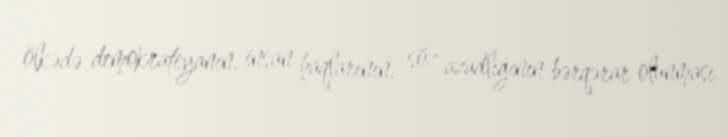
ölkədə demokratiyanın, insan haqlarının, söz azadlığının bərqərar olunması